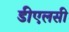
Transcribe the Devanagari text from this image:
डीएलसी